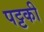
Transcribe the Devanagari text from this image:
पट्टकी